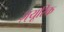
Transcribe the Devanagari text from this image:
ज़्यूरिक